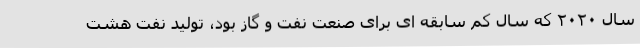
سال ۲۰۲۰ که سال کم سابقه ای برای صنعت نفت و گاز بود، تولید نفت هشت